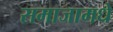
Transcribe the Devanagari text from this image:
समाजामधे